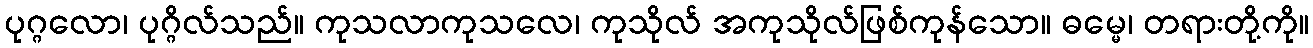
ပုဂ္ဂလော၊ ပုဂ္ဂိလ်သည်။ ကုသလာကုသလေ၊ ကုသိုလ် အကုသိုလ်ဖြစ်ကုန်သော။ ဓမ္မေ၊ တရားတို့ကို။